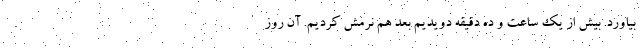
بیاورد. بیش از یک ساعت و ده دقیقه دویدیم بعد هم نرمش کردیم. آن روز